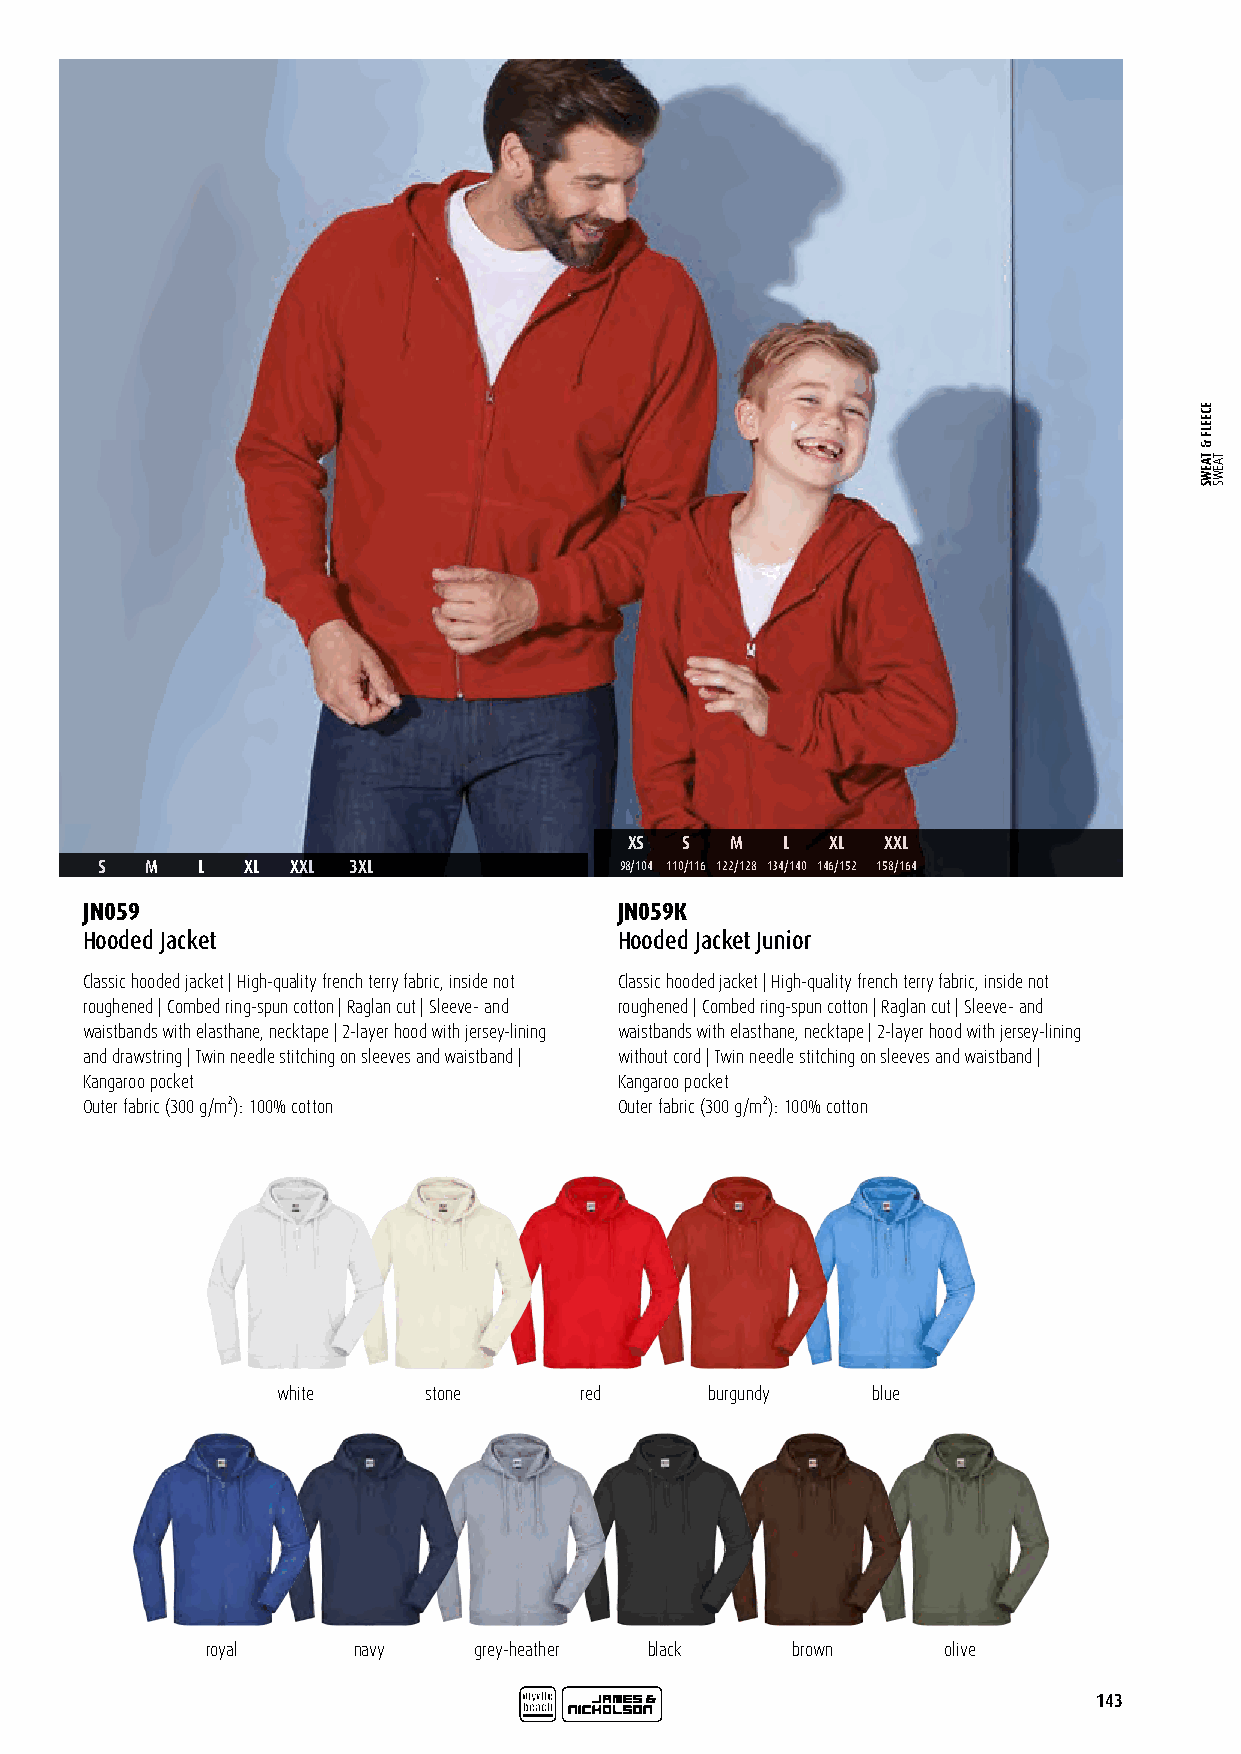
XS S  M   L  XL  XXL
 S   M  L  XL XXL 3XL               98/104 110/116 122/128 134/140 146/152 158/164
 JN059                               JN059K
 Hooded Jacket                       Hooded Jacket Junior
 Classic hooded jacket | High-quality french terry fabric, inside not Classic hooded jacket | High-quality french terry fabric, inside not
 roughened | Combed ring-spun cotton | Raglan cut | Sleeve- and roughened | Combed ring-spun cotton | Raglan cut | Sleeve- and
 waistbands with elasthane, necktape | 2-layer hood with jersey-lining waistbands with elasthane, necktape | 2-layer hood with jersey-lining
 and drawstring | Twin needle stitching on sleeves and waistband | without cord | Twin needle stitching on sleeves and waistband |
 Kangaroo pocket                     Kangaroo pocket
 Outer fabric (300 g/m²): 100% cotton Outer fabric (300 g/m²): 100% cotton
 white     stone     red      burgundy   blue
 royal    navy    grey-heather black   brown     olive
 143
 ECEELF
 &
 TAEWS TAEWS